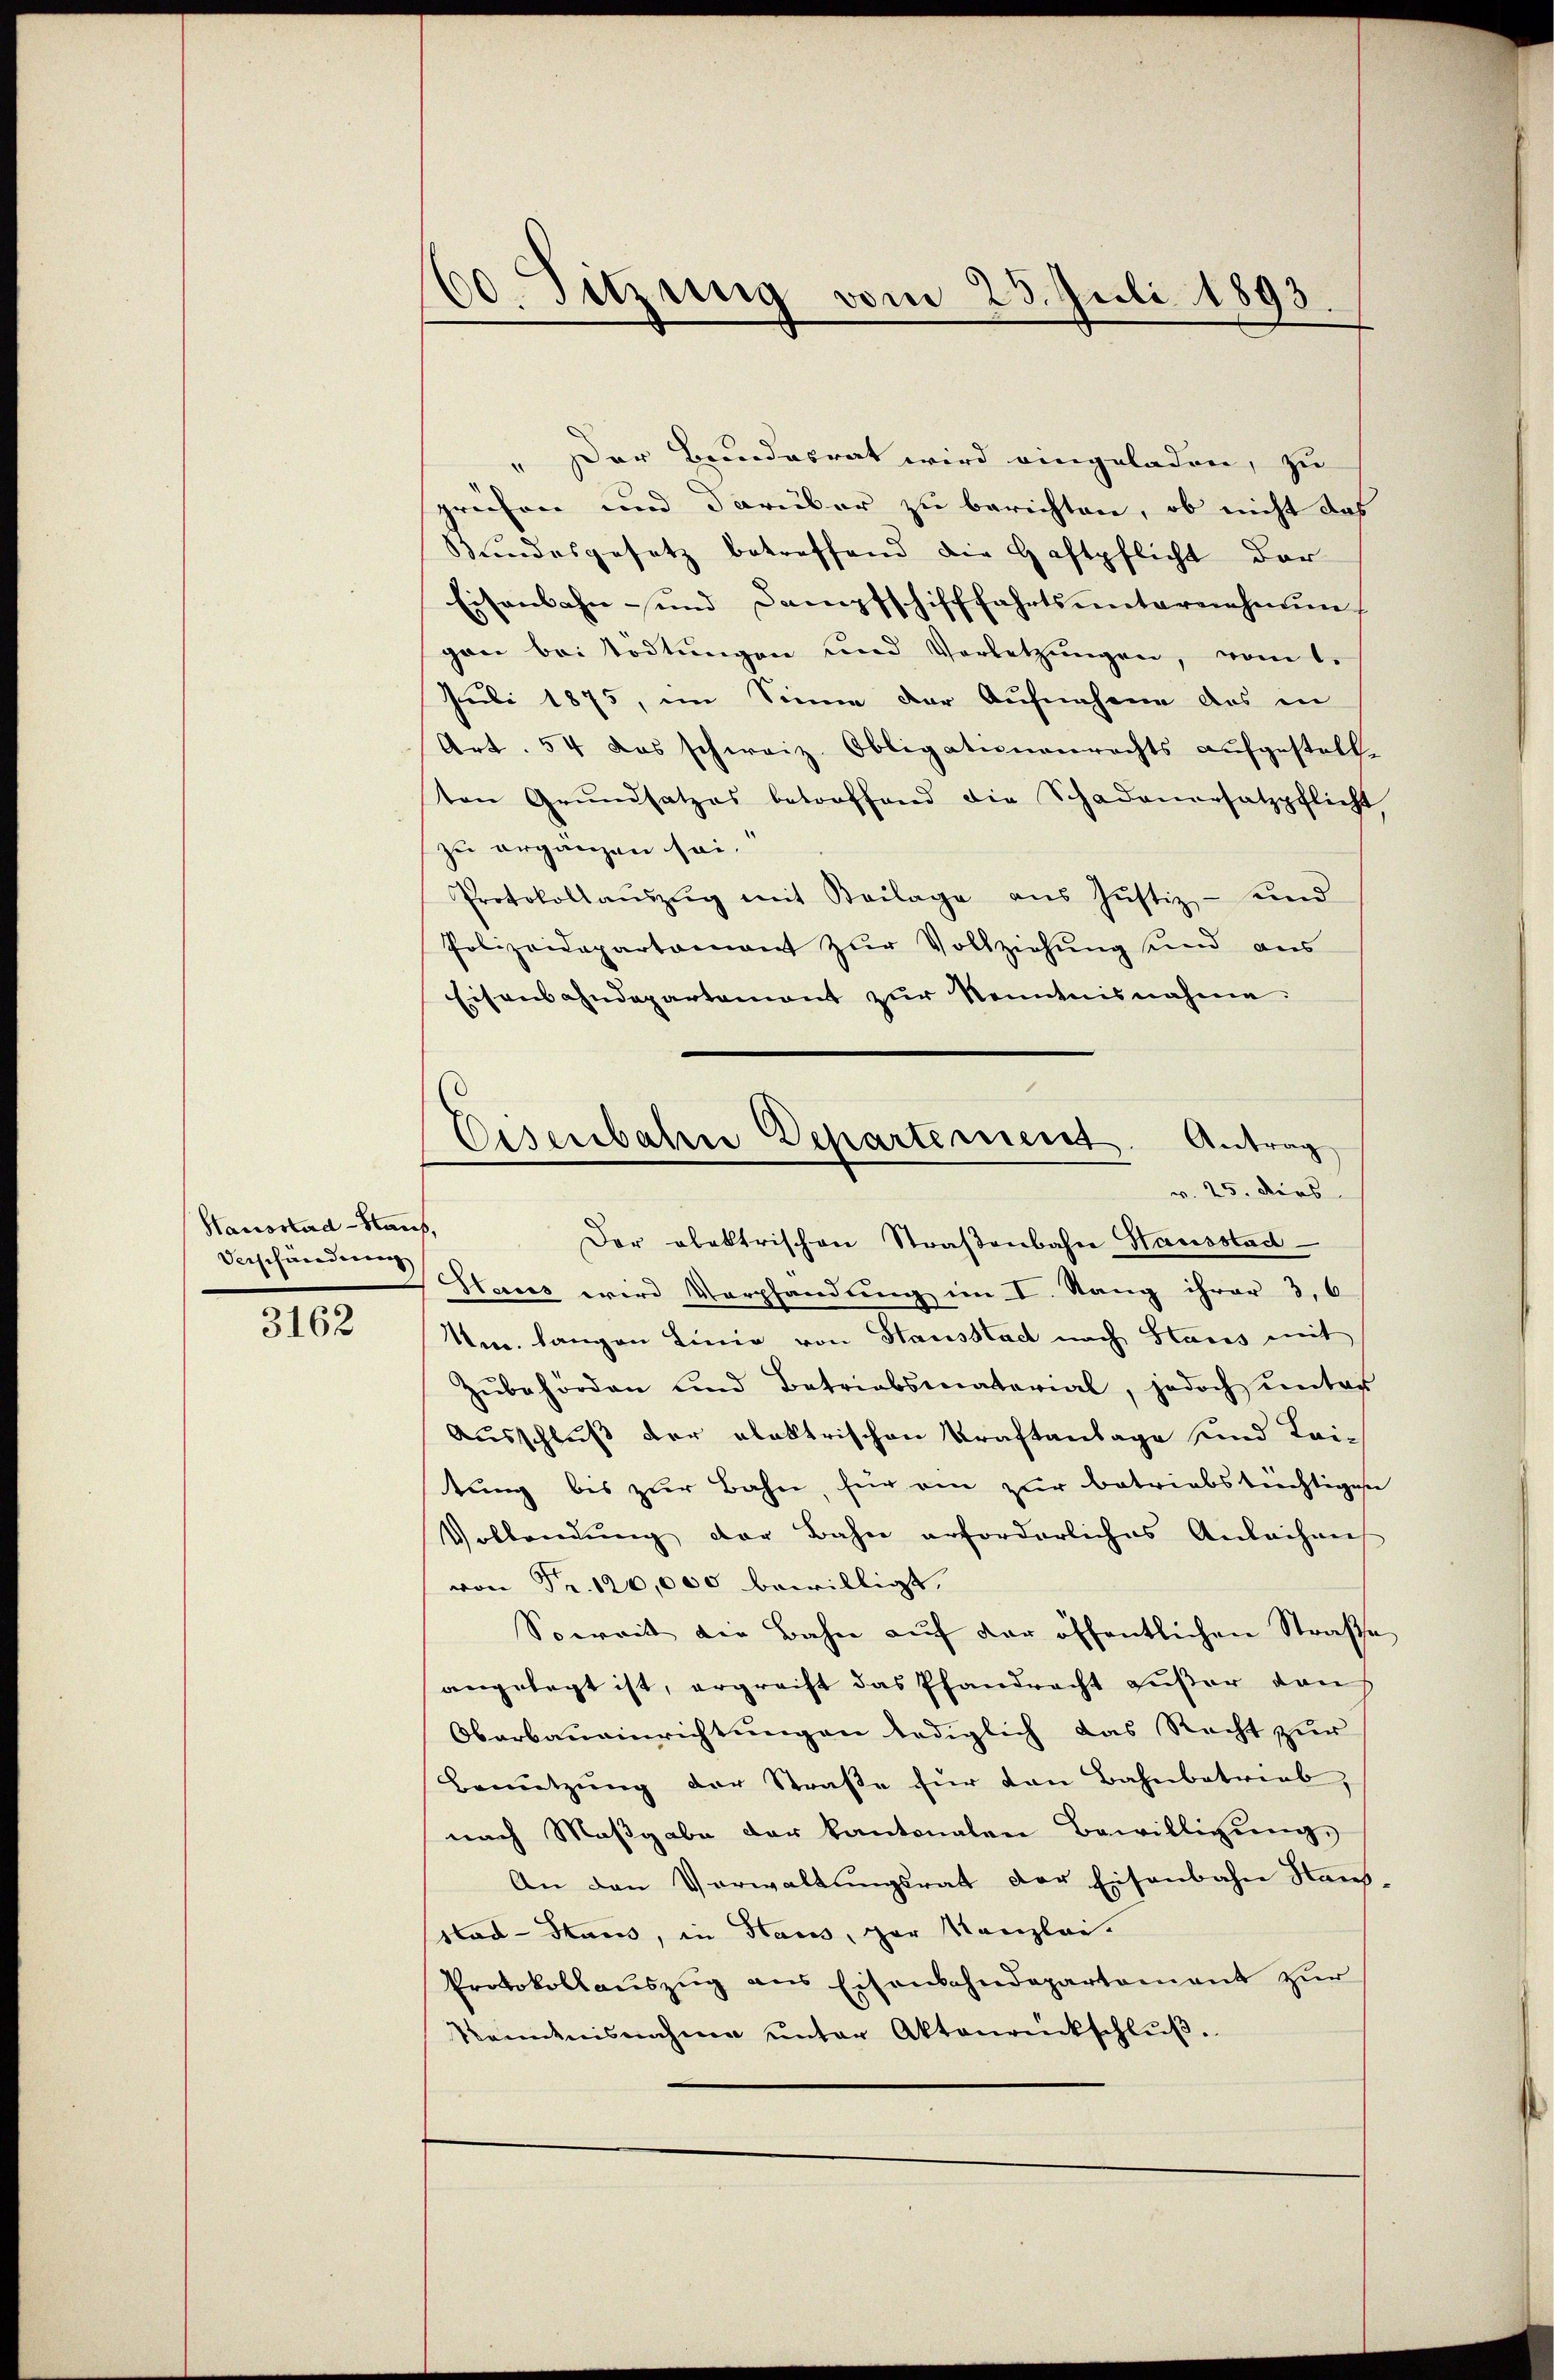
Hausstad-Haus,
Verschändung

3162

60. Sitzung vom 25. Juli 1893.

" Der Bundesrat wird eingeladen, zu
greifen und darüber zu berichten, ob nicht das
Bundesgesetz betreffend die Haftpflicht der
Eisenbahn- und Dampfschifffahrtsunternehmun-
gan bei Tödtungen und Verletzŭngen, vom 1.
Juli 1875, im Sinne der Aufnahme das in
Art. 54 das schweiz. Obligationenrechts aufgestellten Grŭndsatzes betroffend die Schadenersatzpflicht
zu erganzen sei.
Protokollaŭszŭg mit Beilage aŭs Jŭstiz- und
Polizeidepartament zŭr Vollziehŭng und aus
Eisenbahndepartement zur Kenntnisnahme.
Slaus wird Verpfandung im I. Rang ihrer 3, 6
Um langen Linie von Stausstad nach Staus mit
Zŭbehörden und Betriebsmaterial, jedoch ŭnter
Ausschluß der elektrischen Kraftanlage und Lei-
tung bis zur Bahn, für ein zur betriebstechtigese
Vollendung der Bahn erforderliches Anleihen
von Fr. 120,000 bewilligt.
Soweit die Bahn aŭf der öffentlichen Straße
angelegt ist, ergreift das Pfandrecht außer den
Oberbaueinrichtungen lediglich das Recht zur
Benützŭng der Straβe für von Bahnbetrieb,
nach Maßgabe der kantonalen Bewilligung,
An den Verwaltungsrat der Eisenbahn Haussad-Haus, in Haus, par Kanzlei-
Protokollauszug aus Eisenbahndepartement zur
Kemnisnahme ŭnter Aktenrückschlŭβ.

Eisenbahre Departement
Antrag
v. 25. dies
Der obektrischen Straβenbahn Hausstad